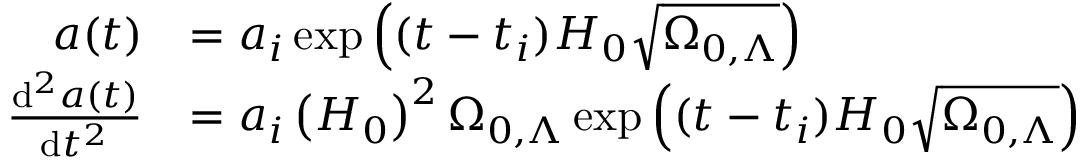
{ \begin{array} { r l } { a ( t ) } & { = a _ { i } \exp \left( ( t - t _ { i } ) H _ { 0 } { \sqrt { \Omega _ { 0 , \Lambda } } } \right) } \\ { { \frac { \mathrm { d } ^ { 2 } a ( t ) } { \mathrm { d } t ^ { 2 } } } } & { = a _ { i } \left( H _ { 0 } \right) ^ { 2 } \Omega _ { 0 , \Lambda } \exp \left( ( t - t _ { i } ) H _ { 0 } { \sqrt { \Omega _ { 0 , \Lambda } } } \right) } \end{array} }